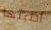
أصبتها